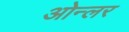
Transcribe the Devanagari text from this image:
ओन्लर